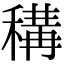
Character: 𥠾